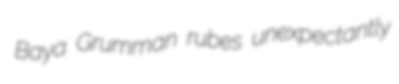
Baya Grumman rubes unexpectantly